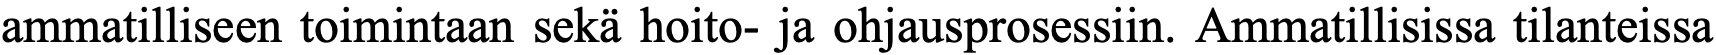
ammatilliseen toimintaan sekä hoito- ja ohjausprosessiin. Ammatillisissa tilanteissa